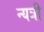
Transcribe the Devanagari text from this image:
न्यत्री